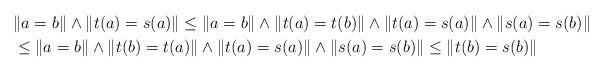
LaTeX: \begin{align*}& \|a=b\| \wedge \|t(a)=s(a)\| \leq \|a=b\| \wedge \|t(a)=t(b)\|\wedge \|t(a)=s(a)\| \wedge \|s(a)=s(b)\| \\& \leq \|a=b\| \wedge \|t(b)=t(a)\|\wedge \|t(a)=s(a)\| \wedge \|s(a)=s(b)\| \leq \|t(b)=s(b)\|\end{align*}